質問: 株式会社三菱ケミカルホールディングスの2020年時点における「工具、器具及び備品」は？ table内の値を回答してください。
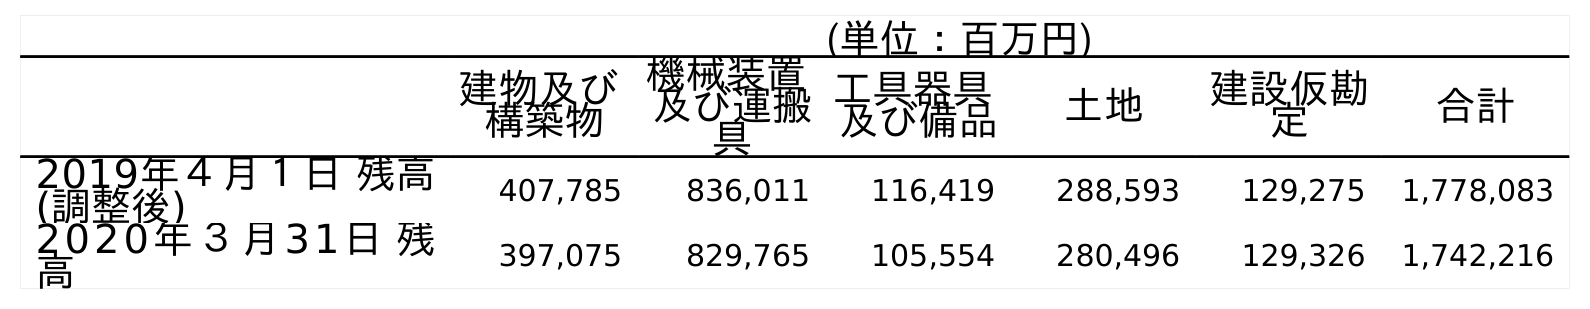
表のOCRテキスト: (単位：百万円) 建物及び 構築物 機械装置 及び運搬 具 工具器具 及び備品 土地 建設仮勘 定 合計 2019年４月１日 残高 (調整後) 407,785 836,011 116,419 288,593 129,275 1,778,083 2020年３月31日 残 高 397,075 829,765 105,554 280,496 129,326 1,742,216
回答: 105,554